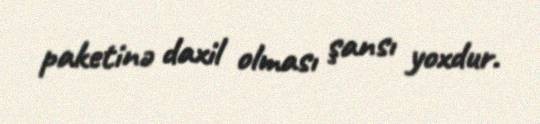
paketinə daxil olması şansı yoxdur.